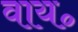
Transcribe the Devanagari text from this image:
वाय॰